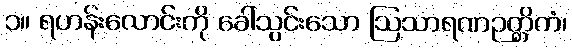
၁။ ရဟန်းလောင်းကို ခေါ်သွင်းသော ဩသာရဏဉတ္တိကံ၊